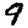
Digit: 9